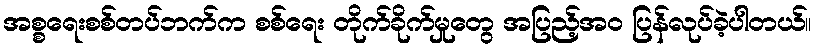
အစ္စရေးစစ်တပ်ဘက်က စစ်ရေး တိုက်ခိုက်မှုတွေ အပြည့်အဝ ပြန်လုပ်ခဲ့ပါတယ်။